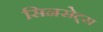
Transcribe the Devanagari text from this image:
सिनसेट्स